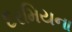
દરમિયના